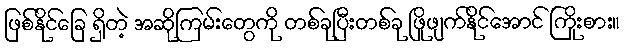
ဖြစ်နိုင်ခြေ ရှိတဲ့ အဆိုကြမ်းတွေကို တစ်ခုပြီးတစ်ခု ဖြိုဖျက်နိုင်အောင် ကြိုးစား။